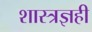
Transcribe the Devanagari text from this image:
शास्त्रज्ञही